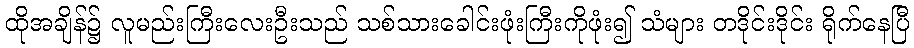
ထိုအချိန်၌ လူမည်းကြီးလေးဦးသည် သစ်သားခေါင်းဖုံးကြီးကိုဖုံး၍ သံများ တဒိုင်းဒိုင်း ရိုက်နေပြီ